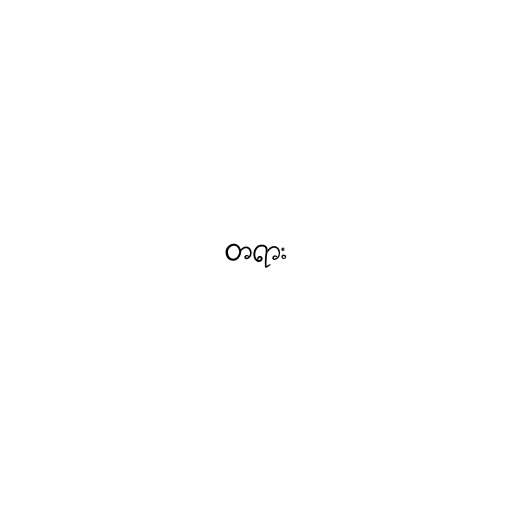
တရား